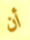
أن